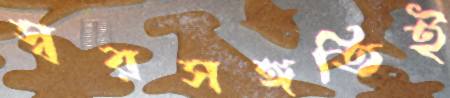
স্বরসঙ্গতিই